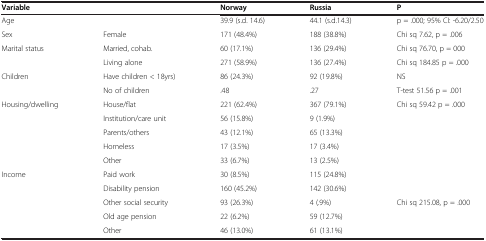
<table><thead><tr><td><b>Variable</b></td><td><b> </b></td><td><b>Norway</b></td><td><b>Russia</b></td><td><b>P</b></td></tr></thead><tbody><tr><td>Age</td><td> </td><td>39.9 (s.d. 14.6)</td><td>44.1 (s.d.14.3)</td><td>p = .000; 95% CI: -6.20/2.50</td></tr><tr><td>Sex</td><td>Female</td><td>171 (48.4%)</td><td>188 (38.8%)</td><td>Chi sq 7.62, p = .006</td></tr><tr><td>Marital status</td><td>Married, cohab.</td><td>60 (17.1%)</td><td>136 (29.4%)</td><td>Chi sq 76.70, p = 000</td></tr><tr><td> </td><td>Living alone</td><td>271 (58.9%)</td><td>136 (27.4%)</td><td>Chi sq 184.85 p = .000</td></tr><tr><td>Children</td><td>Have children &lt; 18yrs)</td><td>86 (24.3%)</td><td>92 (19.8%)</td><td>NS</td></tr><tr><td> </td><td>No of children</td><td>.48</td><td>.27</td><td>T-test 51.56 p = .001</td></tr><tr><td rowspan="5">Housing/dwelling</td><td>House/flat</td><td>221 (62.4%)</td><td>367 (79.1%)</td><td rowspan="5">Chi sq 59.42 p = .000</td></tr><tr><td>Institution/care unit</td><td>56 (15.8%)</td><td>9 (1.9%)</td></tr><tr><td>Parents/others</td><td>43 (12.1%)</td><td>65 (13.3%)</td></tr><tr><td>Homeless</td><td>17 (3.5%)</td><td>17 (3.4%)</td></tr><tr><td>Other</td><td>33 (6.7%)</td><td>13 (2.5%)</td></tr><tr><td>Income</td><td>Paid work</td><td>30 (8.5%)</td><td>115 (24.8%)</td><td> </td></tr><tr><td> </td><td>Disability pension</td><td>160 (45.2%)</td><td>142 (30.6%)</td><td> </td></tr><tr><td> </td><td>Other social security</td><td>93 (26.3%)</td><td>4 (.9%)</td><td>Chi sq 215.08, p = .000</td></tr><tr><td> </td><td>Old age pension</td><td>22 (6.2%)</td><td>59 (12.7%)</td><td> </td></tr><tr><td> </td><td>Other</td><td>46 (13.0%)</td><td>61 (13.1%)</td><td> </td></tr></tbody></table>